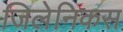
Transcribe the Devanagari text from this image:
जिलेनिकस